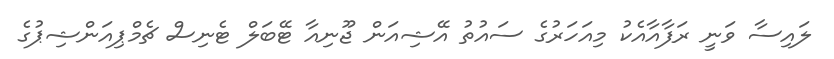
ލައިސާ ވަނީ ރަފާއާއެކު މިއަހަރުގެ ސައުތު އޭޝިއަން ޖޫނިއާ ޓޭބަލް ޓެނިސް ޗެމްޕިއަންޝިޕުގެ